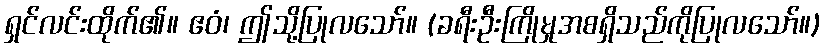
ရှင်လင်းထိုက်၏။ ဧဝံ၊ ဤသို့ပြုလသော်။ (ခရီးဦးကြိုမှုအစရှိသည်ကိုပြုလသော်။)